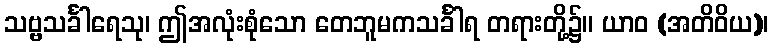
သဗ္ဗသင်္ခါရေသု၊ ဤအလုံးစုံသော တေဘူမကသင်္ခါရ တရားတို့၌။ ယာဝ (အတိဝိယ)၊